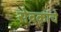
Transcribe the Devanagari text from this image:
सेवकांचे